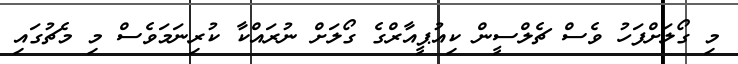
މި ގޯލަށްފަހު ވެސް ޗެލްސީން ކިއުޕީއާރްގެ ގޯލަށް ނުރައްކާ ކުރިނަމަވެސް މި މެޗުގައި